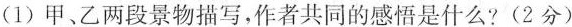
(1)甲、乙两段景物描写，作者共同的感悟是什么?(2分)